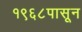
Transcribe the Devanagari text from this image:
१९६८पासून